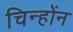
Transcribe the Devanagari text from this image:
चिन्होंन